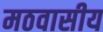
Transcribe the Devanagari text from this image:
मठवासीय